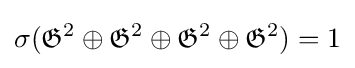
\sigma ({\mathfrak {G}}^{2}\oplus {\mathfrak {G}}^{2}\oplus {\mathfrak {G}}^{2}\oplus {\mathfrak {G}}^{2})=1